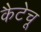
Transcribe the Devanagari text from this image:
कैटेचू